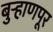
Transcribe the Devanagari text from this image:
बुर्‍हाणपूर